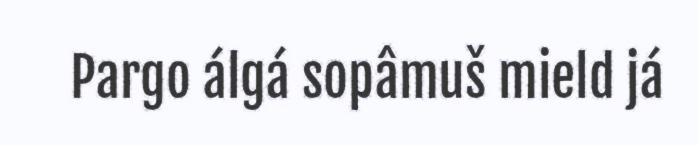
Pargo álgá sopâmuš mield já